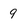
Character: 9